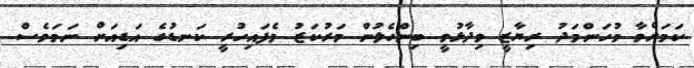
ކަމަށްވާ މުހަންމަދު ރިޔާޒީ ވިދާޅުވީ ބިންހެލުން މަރުކަޒު ވެފައިހުރީ ކަނޑުގެ އަޑިއަށް ނަމަވެސް